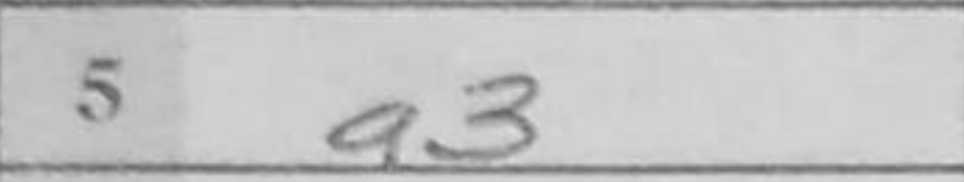
Transcription: a3